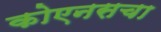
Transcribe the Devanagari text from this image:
कोएनसचा